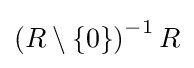
\left(R\setminus \left\{0\right\}\right)^{-1}R